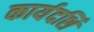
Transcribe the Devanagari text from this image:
कार्यदर्शि